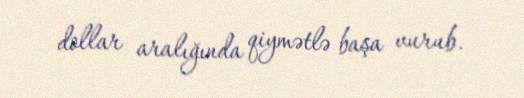
dollar aralığında qiymətlə başa vurub.